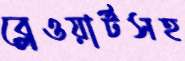
ব্লেওয়ার্টসহ